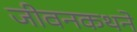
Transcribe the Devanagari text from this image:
जीवनकथने